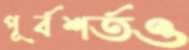
পূর্বশর্তও